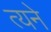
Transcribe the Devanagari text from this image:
त्यने